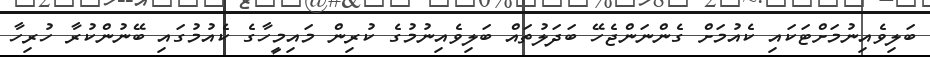
ބަލިވެއިނުމަށްޓަކައި ކެއުމަށް ގެންނަންޖެހޭ ބަދަލުތައް ބަލިވެއިނުމުގެ ކުރިން މައިމީހާގެ ކެއުމުގައި ބޭނުންކުރާ ހުރިހާ